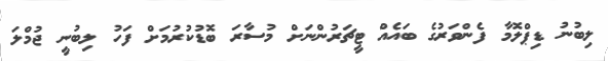
ލިބުނު ޑިޕްލޮމާ ފެންވަރުގެ ބައެއް ޓީޗަރުންނަށް މުސާރަ ބޮޑުކުރުމަށް ފަހު ލިބުނީ ޖުމްލަ